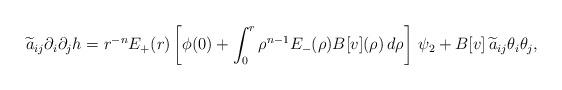
LaTeX: \begin{align*}\widetilde a_{ij}\partial_i\partial_j h=r^{-n}E_+(r)\left[\phi(0)+\int_0^r \rho^{n-1}E_-(\rho) B[v](\rho)\,d\rho\right]\,\psi_2 +B[v]\,\widetilde a_{ij}\theta_i\theta_j,\end{align*}